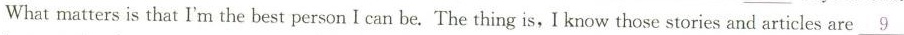
What matters is that I'm the best person I can be. The thing is,I know those stories and articles are\underline{9}